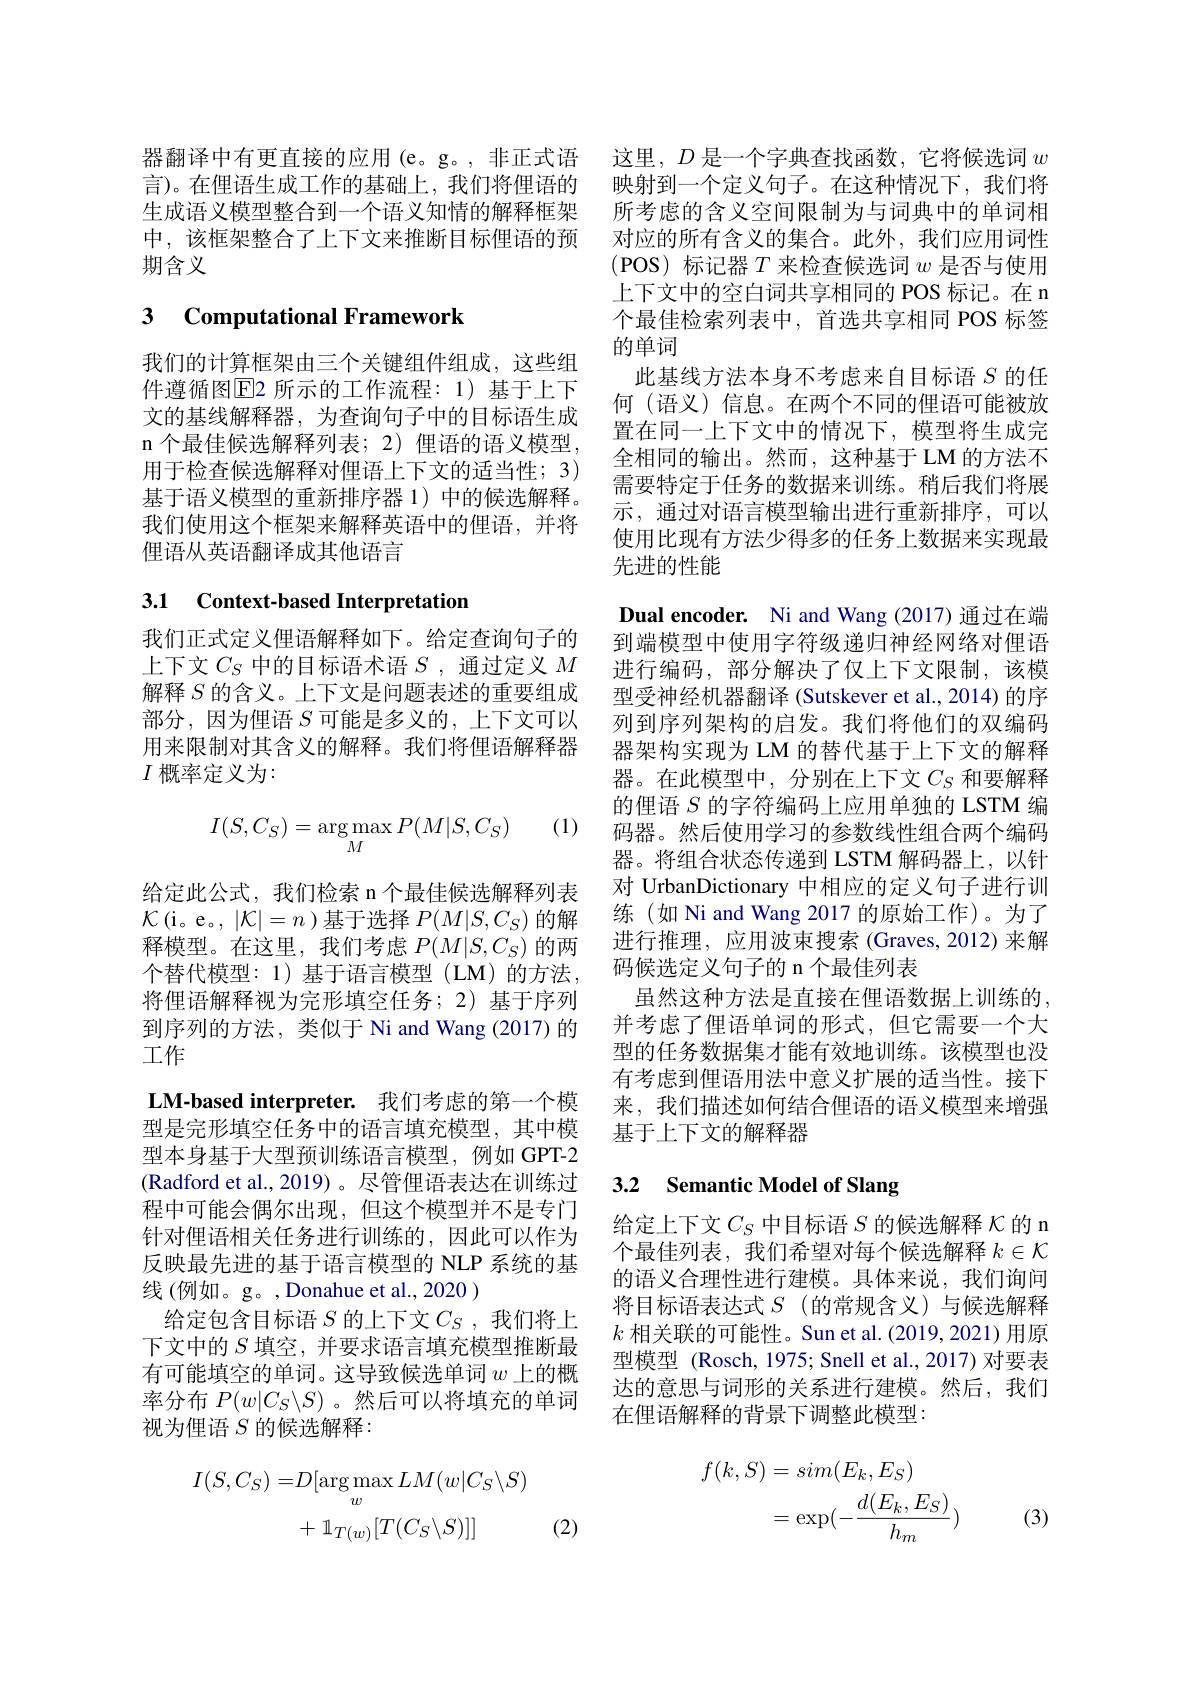
器翻译中有更直接的应用(e。g。,非正式语 这里，$D$是一个字典查找函数，它将候选词$w$ 言)。在俚语生成工作的基础上，我们将俚语的 映射到一个定义句子。在这种情况下，我们将生成语义模型整合到一个语义知情的解释框架 所考虑的含义空间限制为与词典中的单词相中，该框架整合了上下文来推断目标俚语的预 对应的所有含义的集合。此外，我们应用词性期含义

## 3 Computational Framework

我们的计算框架由三个关键组件组成，这些组件遵循图$\overline{\mathrm{E}}$2 所示的工作流程：1)基于上下文的基线解释器，为查询句子中的目标语生成n 个最佳候选解释列表；2) 俚语的语义模型， 用于检查候选解释对俚语上下文的适当性；3) 基于语义模型的重新排序器 1) 中的候选解释。我们使用这个框架来解释英语中的俚语，并将俚语从英语翻译成其他语言

## 3.1 Context-based Interpretation

我们正式定义俚语解释如下。给定查询句子的上下文$C_S$中的目标语术语$S$ ,通过定义$M$ 解释$S$的含义。上下文是问题表述的重要组成部分，因为俚语$S$可能是多义的，上下文可以用来限制对其含义的解释。我们将俚语解释器$I$概率定义为：

(1)
$$\begin{aligned}I(S,C_S)=\arg\max_MP(M|S,C_S)\end{aligned}$$
给定此公式，我们检索 n个最佳候选解释列表$\mathcal{K}($i。e。,$|\mathcal{K}|=n$ )基于选择$P(M|S,C_S)$的解释模型。在这里，我们考虑$P(M|S,C_S)$的两个替代模型：1)基于语言模型(LM)的方法， 将俚语解释视为完形填空任务；2)基于序列到序列的方法，类似于 Ni and Wang (2017) 的工作

LM-based interpreter. 我们考虑的第一个模型是完形填空任务中的语言填充模型，其中模型本身基于大型预训练语言模型，例如 GPT-2 (Radford et al.,2019)。尽管俚语表达在训练过程中可能会偶尔出现，但这个模型并不是专门针对俚语相关任务进行训练的，因此可以作为反映最先进的基于语言模型的 NLP 系统的基线 (例如。g。,Donahue et al., 2020 )
给定包含目标语$S$的上下文$C_S$ ,我们将上下文中的$S$填空，并要求语言填充模型推断最有可能填空的单词。这导致候选单词$w$上的概率分布$P(w|C_S\backslash S)$。然后可以将填充的单词视为俚语$S$的候选解释：
$$\begin{aligned}I(S,C_{S})=&D[\arg\max_{w}LM(w|C_{S}\backslash S)\\&+\:\mathbb{1}_{T(w)}[T(C_{S}\backslash S)]]\end{aligned}$$
(2)

(POS) 标记器$T$来检查候选词$w$是否与使用上下文中的空白词共享相同的 POS 标记。在 n 个最佳检索列表中，首选共享相同 POS 标签的单词
此基线方法本身不考虑来自目标语$S$的任何(语义)信息。在两个不同的俚语可能被放置在同一上下文中的情况下，模型将生成完全相同的输出。然而，这种基于 LM 的方法不需要特定于任务的数据来训练。稍后我们将展示，通过对语言模型输出进行重新排序，可以使用比现有方法少得多的任务上数据来实现最先进的性能

Dual encoder. Ni and Wang (2017) 通过在端到端模型中使用字符级递归神经网络对俚语进行编码，部分解决了仅上下文限制，该模型受神经机器翻译 (Sutskever et al., 2014) 的序列到序列架构的启发。我们将他们的双编码器架构实现为 LM 的替代基于上下文的解释器。在此模型中，分别在上下文$C_S$ 和要解释的俚语$S$的字符编码上应用单独的 LSTM 编码器。然后使用学习的参数线性组合两个编码器。将组合状态传递到 LSTM 解码器上，以针对 UrbanDictionary 中相应的定义句子进行训练(如 Ni and Wang 2017 的原始工作)。为了进行推理，应用波束搜索 (Graves,2012)来解码候选定义句子的 n 个最佳列表
虽然这种方法是直接在俚语数据上训练的， 并考虑了俚语单词的形式，但它需要一个大型的任务数据集才能有效地训练。该模型也没有考虑到俚语用法中意义扩展的适当性。接下来，我们描述如何结合俚语的语义模型来增强基于上下文的解释器

# 3.2 Semantic Model of Slang

给定上下文$C_S$中目标语$S$的候选解释$\kappa$的 n 个最佳列表，我们希望对每个候选解释$k\in\mathcal{K}$ 的语义合理性进行建模。具体来说，我们询问将目标语表达式$S$ (的常规含义)与候选解释$k$相关联的可能性。Sun et al.(2019,2021)用原型模型 (Rosch, 1975; Snell et al., 2017) 对要表达的意思与词形的关系进行建模。然后，我们在俚语解释的背景下调整此模型：
$$\begin{aligned}f(k,S)&=sim(E_k,E_S)\\&=\exp(-\frac{d(E_k,E_S)}{h_m})\end{aligned}$$
(3)